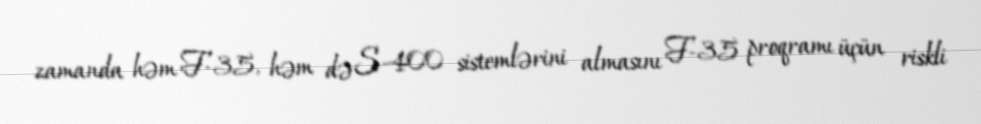
zamanda həm F-35, həm də S-400 sistemlərini almasını F-35 proqramı üçün riskli